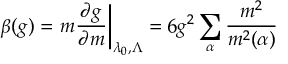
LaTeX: \beta ( g ) = \left. m \frac { \partial g } { \partial m } \right| _ { \lambda _ { 0 } , \Lambda } = 6 g ^ { 2 } \sum _ { \alpha } \frac { m ^ { 2 } } { m ^ { 2 } ( \alpha ) }